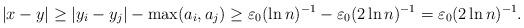
LaTeX: \begin{align*}&|x-y|\geq |y_i-y_j|-\max(a_i,a_j)\geq \varepsilon_0(\ln n)^{-1}-\varepsilon_0(2\ln n)^{-1}=\varepsilon_0(2\ln n)^{-1}.\end{align*}